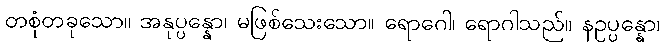
တစုံတခုသော။ အနုပ္ပန္နော၊ မဖြစ်သေးသော။ ရောဂေါ၊ ရောဂါသည်။ နဥပ္ပန္နော၊